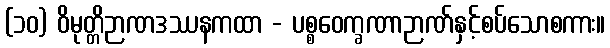
(၁၀) ဝိမုတ္တိဉာဏဒဿနကထာ - ပစ္စဝေက္ခဏာဉာဏ်နှင့်စပ်သောစကား။